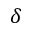
\delta